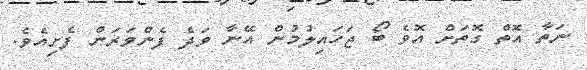
ނަތާ އޮތް ގޮތަށް އޮވެ ބޯ ޖަހައިލުމުން އޭނާ ވަދެ ފެންވަރަން ފެށިއެވެ.